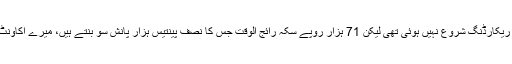
ابھی ڈرامے کی بنیادی ریکارڈنگ شروع نہیں ہوئی تھی لیکن 71 ہزار روپے سکہ رائج الوقت جس کا نصف پینتیس ہزار پانش سو بنتے ہیں، میرے اکاونٹ سے نکل چکے تھے ۔